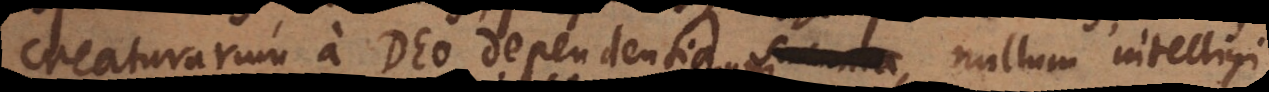
creaturarum a Deo dependentia, nullum intelligi